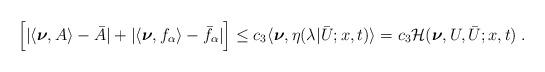
LaTeX: \begin{align*}\begin{aligned} \Big[|\langle\boldsymbol{\nu},A\rangle-\bar A|+|\langle\boldsymbol{\nu},f_\alpha\rangle -\bar f_\alpha|\Big] &\le c_3 \langle \boldsymbol{\nu} , \eta (\lambda | \bar U;x,t ) \rangle = c_3 \mathcal{H} ( \boldsymbol{\nu},U,\bar{U};x,t)\;.\end{aligned}\end{align*}